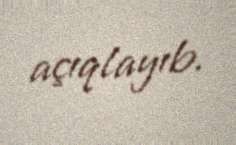
açıqlayıb.